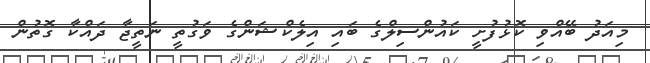
މިއަދު ބޭއްވި ކޮޅުފުށީ ކައުންސިލްގެ ބައި އިލެކްޝަންގެ ވަގުތީ ނަތީޖާ ދައްކާ ގޮތުން